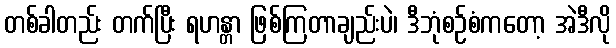
တစ်ခါတည်း တက်ပြီး ရဟန္တာ ဖြစ်ကြတာချည်းပဲ၊ ဒီဘုံစဉ်စံကတော့ အဲဒီလို